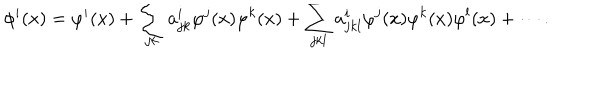
LaTeX: \phi ^ { i } ( x ) = \varphi ^ { i } ( x ) + \sum _ { j k } a _ { j k } ^ { i } \varphi ^ { j } ( x ) \varphi ^ { k } ( x ) + \sum _ { j k l } a _ { j k l } ^ { i } \varphi ^ { j } ( x ) \varphi ^ { k } ( x ) \varphi ^ { l } ( x ) + \cdots .